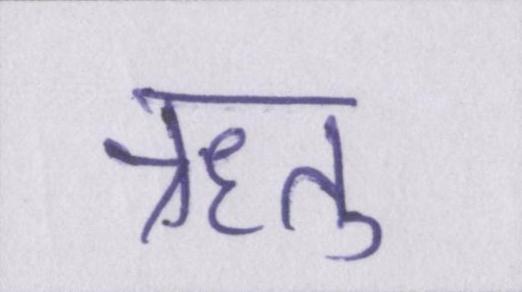
ऋतु